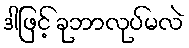
ဒါဖြင့် ခုဘာလုပ်မလဲ